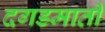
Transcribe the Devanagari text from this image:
दगडमाती